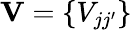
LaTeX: \mathbf{V}=\{ V_{jj^{\prime}}\}